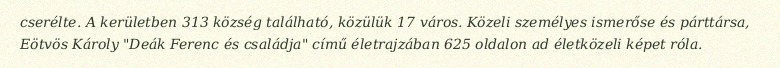
cserélte. A kerületben 313 község található, közülük 17 város. Közeli személyes ismerőse és párttársa, Eötvös Károly "Deák Ferenc és családja" című életrajzában 625 oldalon ad életközeli képet róla.